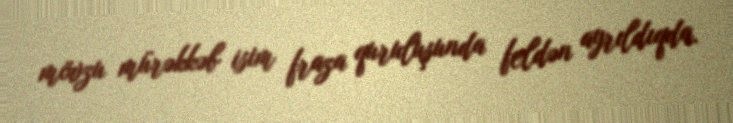
mövzu mürəkkəb isim fraza quruluşunda feldən ayrıldıqda.